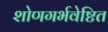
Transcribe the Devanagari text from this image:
शोणगर्भवेष्टित